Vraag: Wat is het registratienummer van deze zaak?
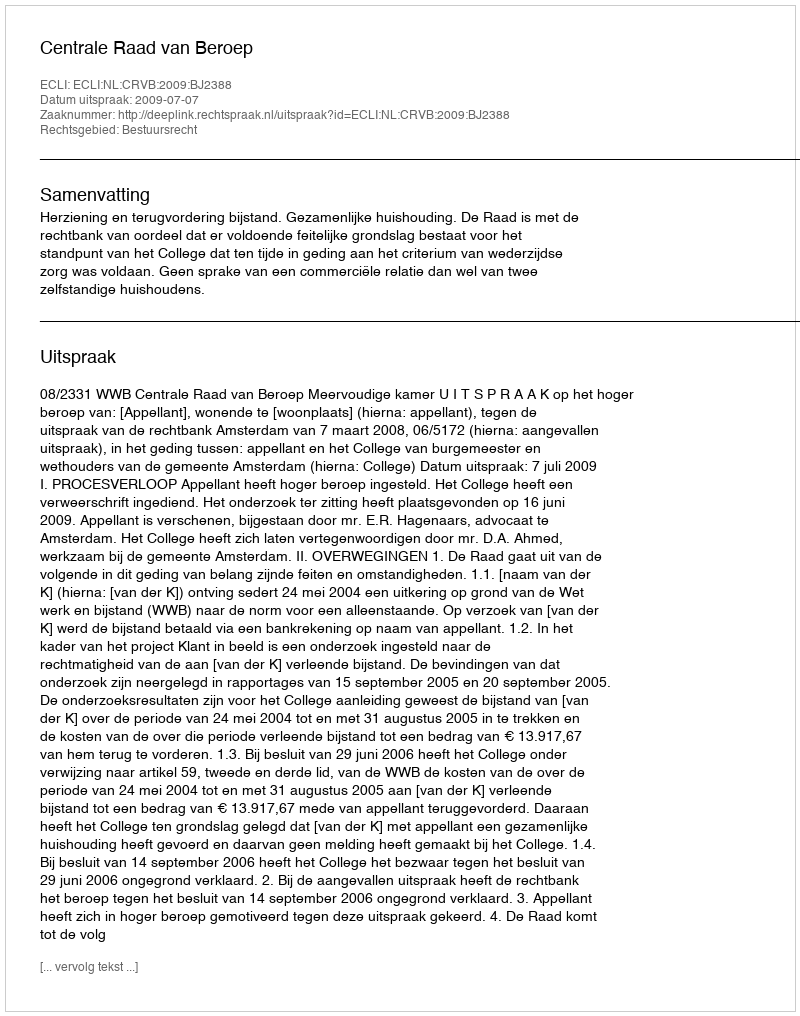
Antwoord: http://deeplink.rechtspraak.nl/uitspraak?id=ECLI:NL:CRVB:2009:BJ2388